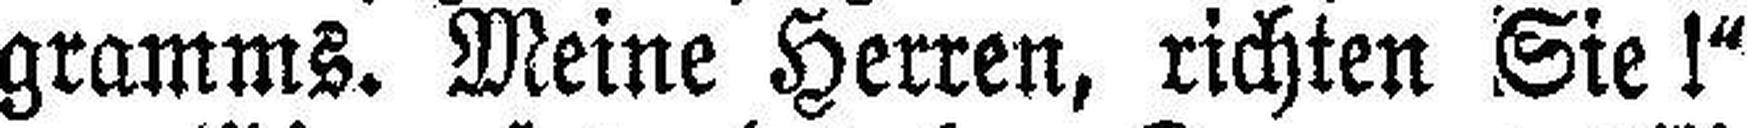
gramms. Meine Herren, richten Sie!“